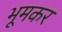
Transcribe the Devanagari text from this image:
भूमकर